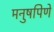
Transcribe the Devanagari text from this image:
मनुषपिणे